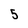
Character: 5